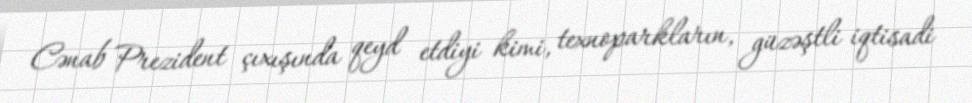
Cənab Prezident çıxışında qeyd etdiyi kimi, texnoparkların, güzəştli iqtisadi